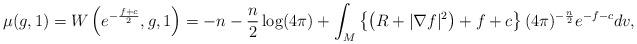
LaTeX: \begin{align*} \mu(g,1) = W\left(e^{-\frac{f+c}{2}}, g, 1 \right)=-n-\frac{n}{2} \log (4\pi)+\int_{M} \left\{ \left(R+|\nabla f|^2 \right) + f+c\right\} (4\pi)^{-\frac{n}{2}} e^{-f-c} dv, \end{align*}